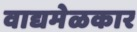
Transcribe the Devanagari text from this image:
वाद्यमेळकार